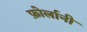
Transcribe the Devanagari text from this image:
फ़ोर्लानी